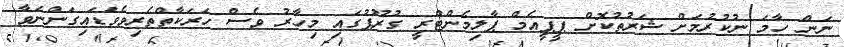
ނަން ހާމަ ނުކުރުމަށް ޝަރުތުކޮށް ޕީޕީއެމް ޕާލިމެންޓްރީ ގުރޫޕުގައި މިހާރު ވެސް ހަރަކާތްތެރިވެވަޑައިގަންނަވާ